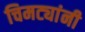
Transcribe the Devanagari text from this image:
चिमट्यांनी